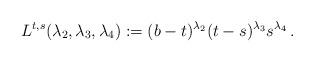
LaTeX: \begin{align*} L^{t,s}(\lambda_2, \lambda_3, \lambda_4) := (b-t)^{\lambda_2} (t-s)^{\lambda_3} s^{\lambda_4} \,.\end{align*}